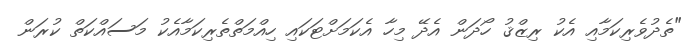
"ތެދުވެރިކަމާއި އެކު ރިޒްޤު ހޯދަން އެދޭ މިހާ އެކަމަށްޓަކައި ހިއްމަތްތެރިކަމާއެކު މަސައްކަތް ކުރަން